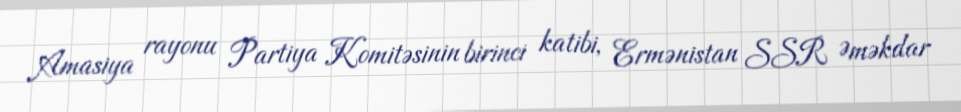
Amasiya rayonu Partiya Komitəsinin birinci katibi, Ermənistan SSR Əməkdar